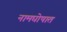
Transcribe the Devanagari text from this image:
नामघोषात